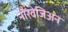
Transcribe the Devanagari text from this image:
नौरवेजिअन